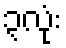
၃လုံး